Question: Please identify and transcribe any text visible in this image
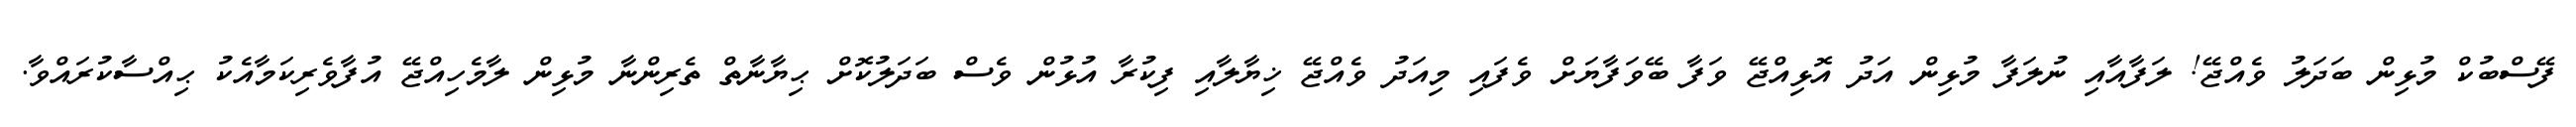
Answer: ފޭސްބުކް މުޅިން ބަދަލު ވެއްޖޭ! ލަފާއާއި ނުލަފާ މުޅިން އަދު އޮޅިއްޖޭ ވަފާ ބޭވަފާޔަށް ވެފައި މިއަދު ވެއްޖޭ ޚިޔާލާއި ފިކުރާ އުޅުން ވެސް ބަދަލުކޮށް ޙިޔާނާތް ތެރިންނާ މުޅިން ލާމެހިއްޖޭ އުފާވެރިކަމާއެކު ޙިއްސާކުރައްވާ.